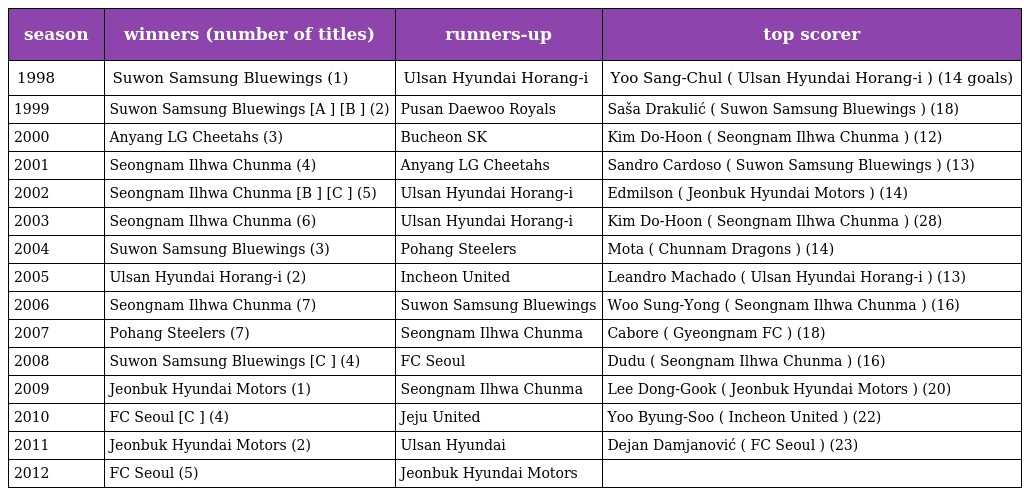
| season | winners (number of titles) | runners-up | top scorer |
 | --- | --- | --- | --- |
 | 1998 | Suwon Samsung Bluewings (1) | Ulsan Hyundai Horang-i | Yoo Sang-Chul ( Ulsan Hyundai Horang-i ) (14 goals) |
 | 1999 | Suwon Samsung Bluewings [A ] [B ] (2) | Pusan Daewoo Royals | Saša Drakulić ( Suwon Samsung Bluewings ) (18) |
 | 2000 | Anyang LG Cheetahs (3) | Bucheon SK | Kim Do-Hoon ( Seongnam Ilhwa Chunma ) (12) |
 | 2001 | Seongnam Ilhwa Chunma (4) | Anyang LG Cheetahs | Sandro Cardoso ( Suwon Samsung Bluewings ) (13) |
 | 2002 | Seongnam Ilhwa Chunma [B ] [C ] (5) | Ulsan Hyundai Horang-i | Edmilson ( Jeonbuk Hyundai Motors ) (14) |
 | 2003 | Seongnam Ilhwa Chunma (6) | Ulsan Hyundai Horang-i | Kim Do-Hoon ( Seongnam Ilhwa Chunma ) (28) |
 | 2004 | Suwon Samsung Bluewings (3) | Pohang Steelers | Mota ( Chunnam Dragons ) (14) |
 | 2005 | Ulsan Hyundai Horang-i (2) | Incheon United | Leandro Machado ( Ulsan Hyundai Horang-i ) (13) |
 | 2006 | Seongnam Ilhwa Chunma (7) | Suwon Samsung Bluewings | Woo Sung-Yong ( Seongnam Ilhwa Chunma ) (16) |
 | 2007 | Pohang Steelers (7) | Seongnam Ilhwa Chunma | Cabore ( Gyeongnam FC ) (18) |
 | 2008 | Suwon Samsung Bluewings [C ] (4) | FC Seoul | Dudu ( Seongnam Ilhwa Chunma ) (16) |
 | 2009 | Jeonbuk Hyundai Motors (1) | Seongnam Ilhwa Chunma | Lee Dong-Gook ( Jeonbuk Hyundai Motors ) (20) |
 | 2010 | FC Seoul [C ] (4) | Jeju United | Yoo Byung-Soo ( Incheon United ) (22) |
 | 2011 | Jeonbuk Hyundai Motors (2) | Ulsan Hyundai | Dejan Damjanović ( FC Seoul ) (23) |
 | 2012 | FC Seoul (5) | Jeonbuk Hyundai Motors |  |